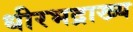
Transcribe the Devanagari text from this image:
धीरभद्राख्य